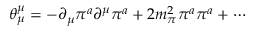
\theta _ { \mu } ^ { \mu } = - \partial _ { \mu } \pi ^ { a } \partial ^ { \mu } \pi ^ { a } + 2 m _ { \pi } ^ { 2 } \pi ^ { a } \pi ^ { a } + \cdots